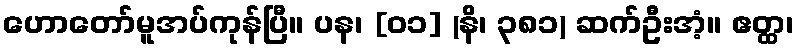
ဟောတော်မူအပ်ကုန်ပြီ။ ပန၊ [၀၁] (နိ၊ ၃၈၁) ဆက်ဦးအံ့။ ဧတ္ထ၊